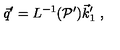
\vec { q } ^ { \prime } = L ^ { - 1 } ( { \cal P } ^ { \prime } ) \vec { k } _ { 1 } ^ { \prime } \ ,